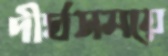
দীর্ঘসময়ে